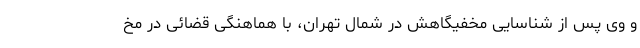
و وی پس از شناسایی مخفیگاهش در شمال تهران، با هماهنگی قضائی در مخ